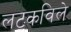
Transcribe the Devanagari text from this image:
लटकविले